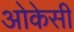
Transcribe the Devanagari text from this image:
ओकेसी